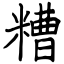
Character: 糟